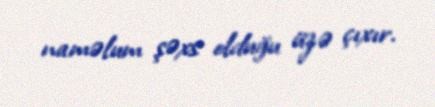
naməlum şəxs olduğu üzə çıxır.